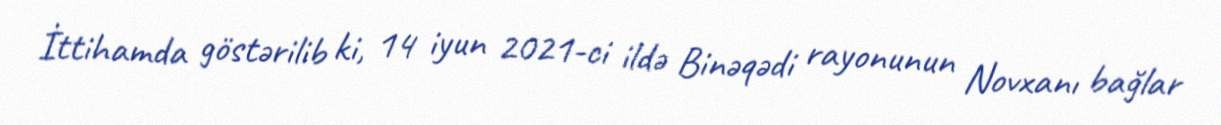
İttihamda göstərilib ki, 14 iyun 2021-ci ildə Binəqədi rayonunun Novxanı bağlar